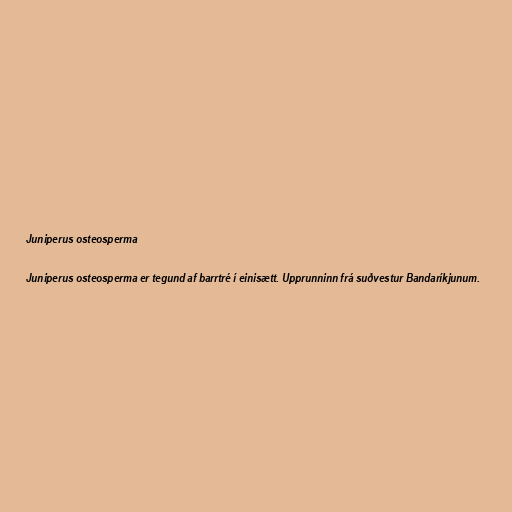
Juniperus osteosperma

Juniperus osteosperma er tegund af barrtré í einisætt. Upprunninn frá suðvestur Bandaríkjunum.